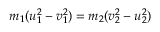
m _ { 1 } ( u _ { 1 } ^ { 2 } - v _ { 1 } ^ { 2 } ) = m _ { 2 } ( v _ { 2 } ^ { 2 } - u _ { 2 } ^ { 2 } )